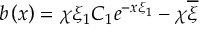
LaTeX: b \left( x \right) = \chi \xi _ { 1 } C _ { 1 } e ^ { - x \xi _ { 1 } } - \chi \overline { { { \xi } } }